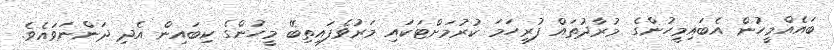
ބައެއްމީހުން އެބައިމީހުންގެ މުރާދުތައް ފުރިހަމަ ކުރުމަށްޓަކައި މަރުވެފައިތިބޭ މީހުންގެ ކިބައިން އެދި ދަންނަވައެވެ.